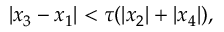
| x _ { 3 } - x _ { 1 } | < \tau ( | x _ { 2 } | + | x _ { 4 } | ) ,